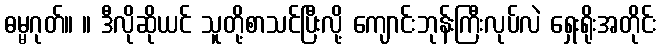
ဓမ္မဂုတ်။ ။ ဒီလိုဆိုယင် သူတို့စာသင်ပြီးလို့ ကျောင်းဘုန်းကြီးလုပ်လဲ ရှေးရိုးအတိုင်း